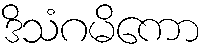
ဒိသံဂမိကော